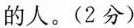
的人。( 2分 )